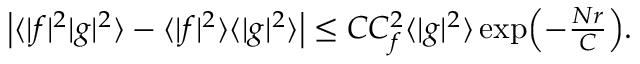
\begin{array} { r } { \mathopen { } \mathclose \bgroup \left| \langle | f | ^ { 2 } | g | ^ { 2 } \rangle - \langle | f | ^ { 2 } \rangle \langle | g | ^ { 2 } \rangle \aftergroup \egroup \right| \leq C C _ { f } ^ { 2 } \langle | g | ^ { 2 } \rangle \exp \mathopen { } \mathclose \bgroup \left( - \frac { N r } { C } \aftergroup \egroup \right) . } \end{array}